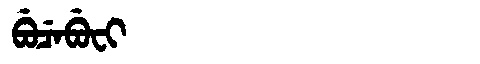
Manchu: ᠪᡠᠴᡝᠪᡠᠸᡳ
Romanization: BUCEBUFI